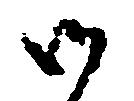
御